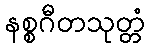
နစ္စဂီတသုတ္တံ